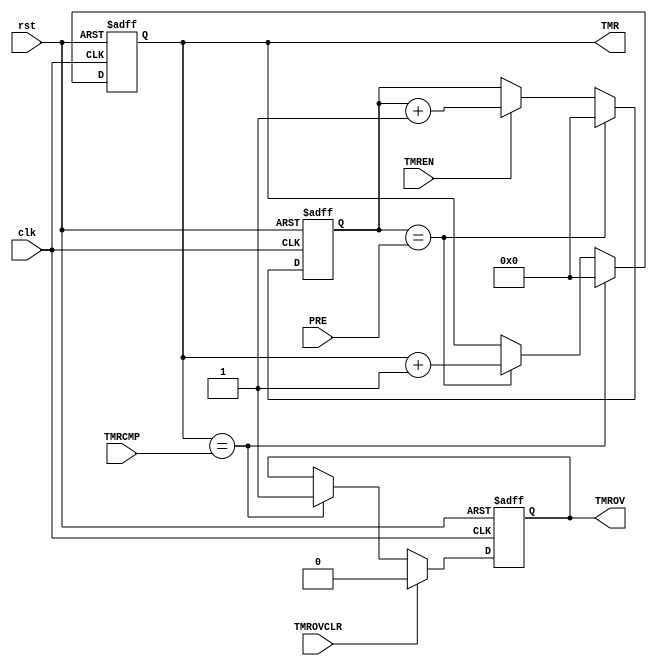
module TIMER32 (
		input wire clk,
		input wire rst,
		output reg [31:0] TMR,
		input wire [31:0] PRE,
		input wire [31:0] TMRCMP,
		output reg TMROV,
		input wire TMROVCLR,
		input wire TMREN
	);

	reg [31:0] 	clkdiv;
	wire 		timer_clk = (clkdiv==PRE) ;
	wire 		tmrov = (TMR == TMRCMP);

	// Prescalar
	always @(posedge clk or posedge rst)
	begin
		if(rst)
			clkdiv <= 32'd0;
		else if(timer_clk)
			clkdiv <= 32'd0;
		else if(TMREN)
			clkdiv <= clkdiv + 32'd1;
	end

	// Timer
	always @(posedge clk or posedge rst)
	begin
		if(rst)
			TMR <= 32'd0;
		else if(tmrov)
			TMR <= 32'd0;
		else if(timer_clk)
			TMR <= TMR + 32'd1;
	end

	always @(posedge clk or posedge rst)
	begin
		if(rst)
			TMROV <= 1'd0;
		else if(TMROVCLR)
			TMROV <= 1'd0;
		else if(tmrov)
			TMROV <= 1'd1;
	end

endmodule